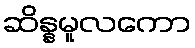
ဆိန္နမူလကော